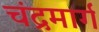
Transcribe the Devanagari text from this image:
चंद्रमार्ग